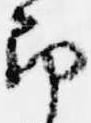
郎